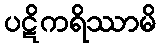
ပဋိကရိဿာမိ